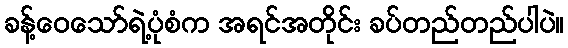
ခန့်ဝေသော်ရဲ့ပုံစံက အရင်အတိုင်း ခပ်တည်တည်ပါပဲ။